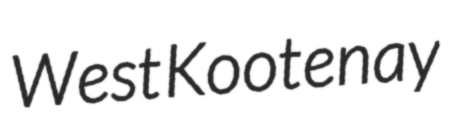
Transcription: West Kootenay